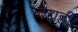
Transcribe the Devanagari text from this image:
वैद्यही